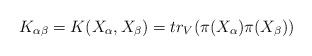
LaTeX: \begin{align*}K_{\alpha\beta} = K(X_\alpha,X_\beta) = tr_V(\pi(X_\alpha)\pi(X_\beta))\end{align*}